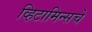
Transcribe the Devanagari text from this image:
व्हिटामिन्‍सचे